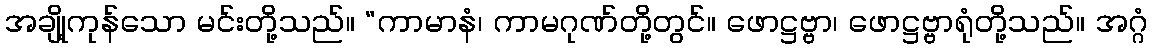
အချို့ကုန်သော မင်းတို့သည်။ “ကာမာနံ၊ ကာမဂုဏ်တို့တွင်။ ဖောဋ္ဌဗ္ဗာ၊ ဖောဋ္ဌဗ္ဗာရုံတို့သည်။ အဂ္ဂံ